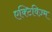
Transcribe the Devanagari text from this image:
एक्टिविज़्म